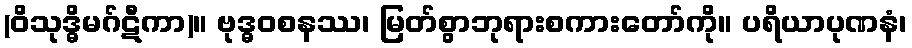
(ဝိသုဒ္ဓိမဂ်ဋီကာ)။ ဗုဒ္ဓဝစနဿ၊ မြတ်စွာဘုရားစကားတော်ကို။ ပရိယာပုဏနံ၊